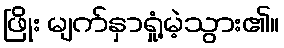
ဖြိုး မျက်နှာရှုံ့မဲ့သွား၏။